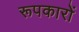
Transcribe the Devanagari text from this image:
रूपकारों